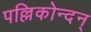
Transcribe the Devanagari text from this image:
पल्लिकोन्दन्